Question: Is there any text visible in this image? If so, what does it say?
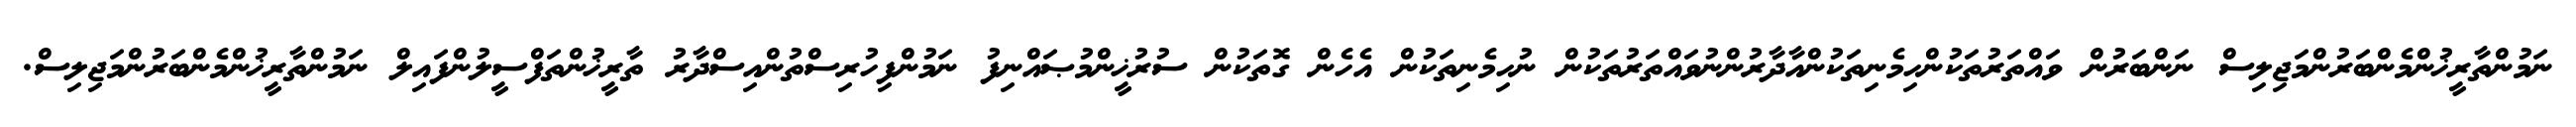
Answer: ނަމުންތާރީޚުންމެންބަރުންމަޖިލިސް ނަންބަރުން ވައްތަރުތަކުންހިމެނިތަކުންއާދާރުންނުވައްތަރުތަކުން ނުހިމެނިތަކުން އެހެން ގޮތަކުން ސުރުޚީންމުޞައްނިފު ނަމުންފިހުރިސްތުންއިސްދާރު ތާރީޚުންތަފްސީލުންފައިލް ނަމުންތާރީޚުންމެންބަރުންމަޖިލިސް.